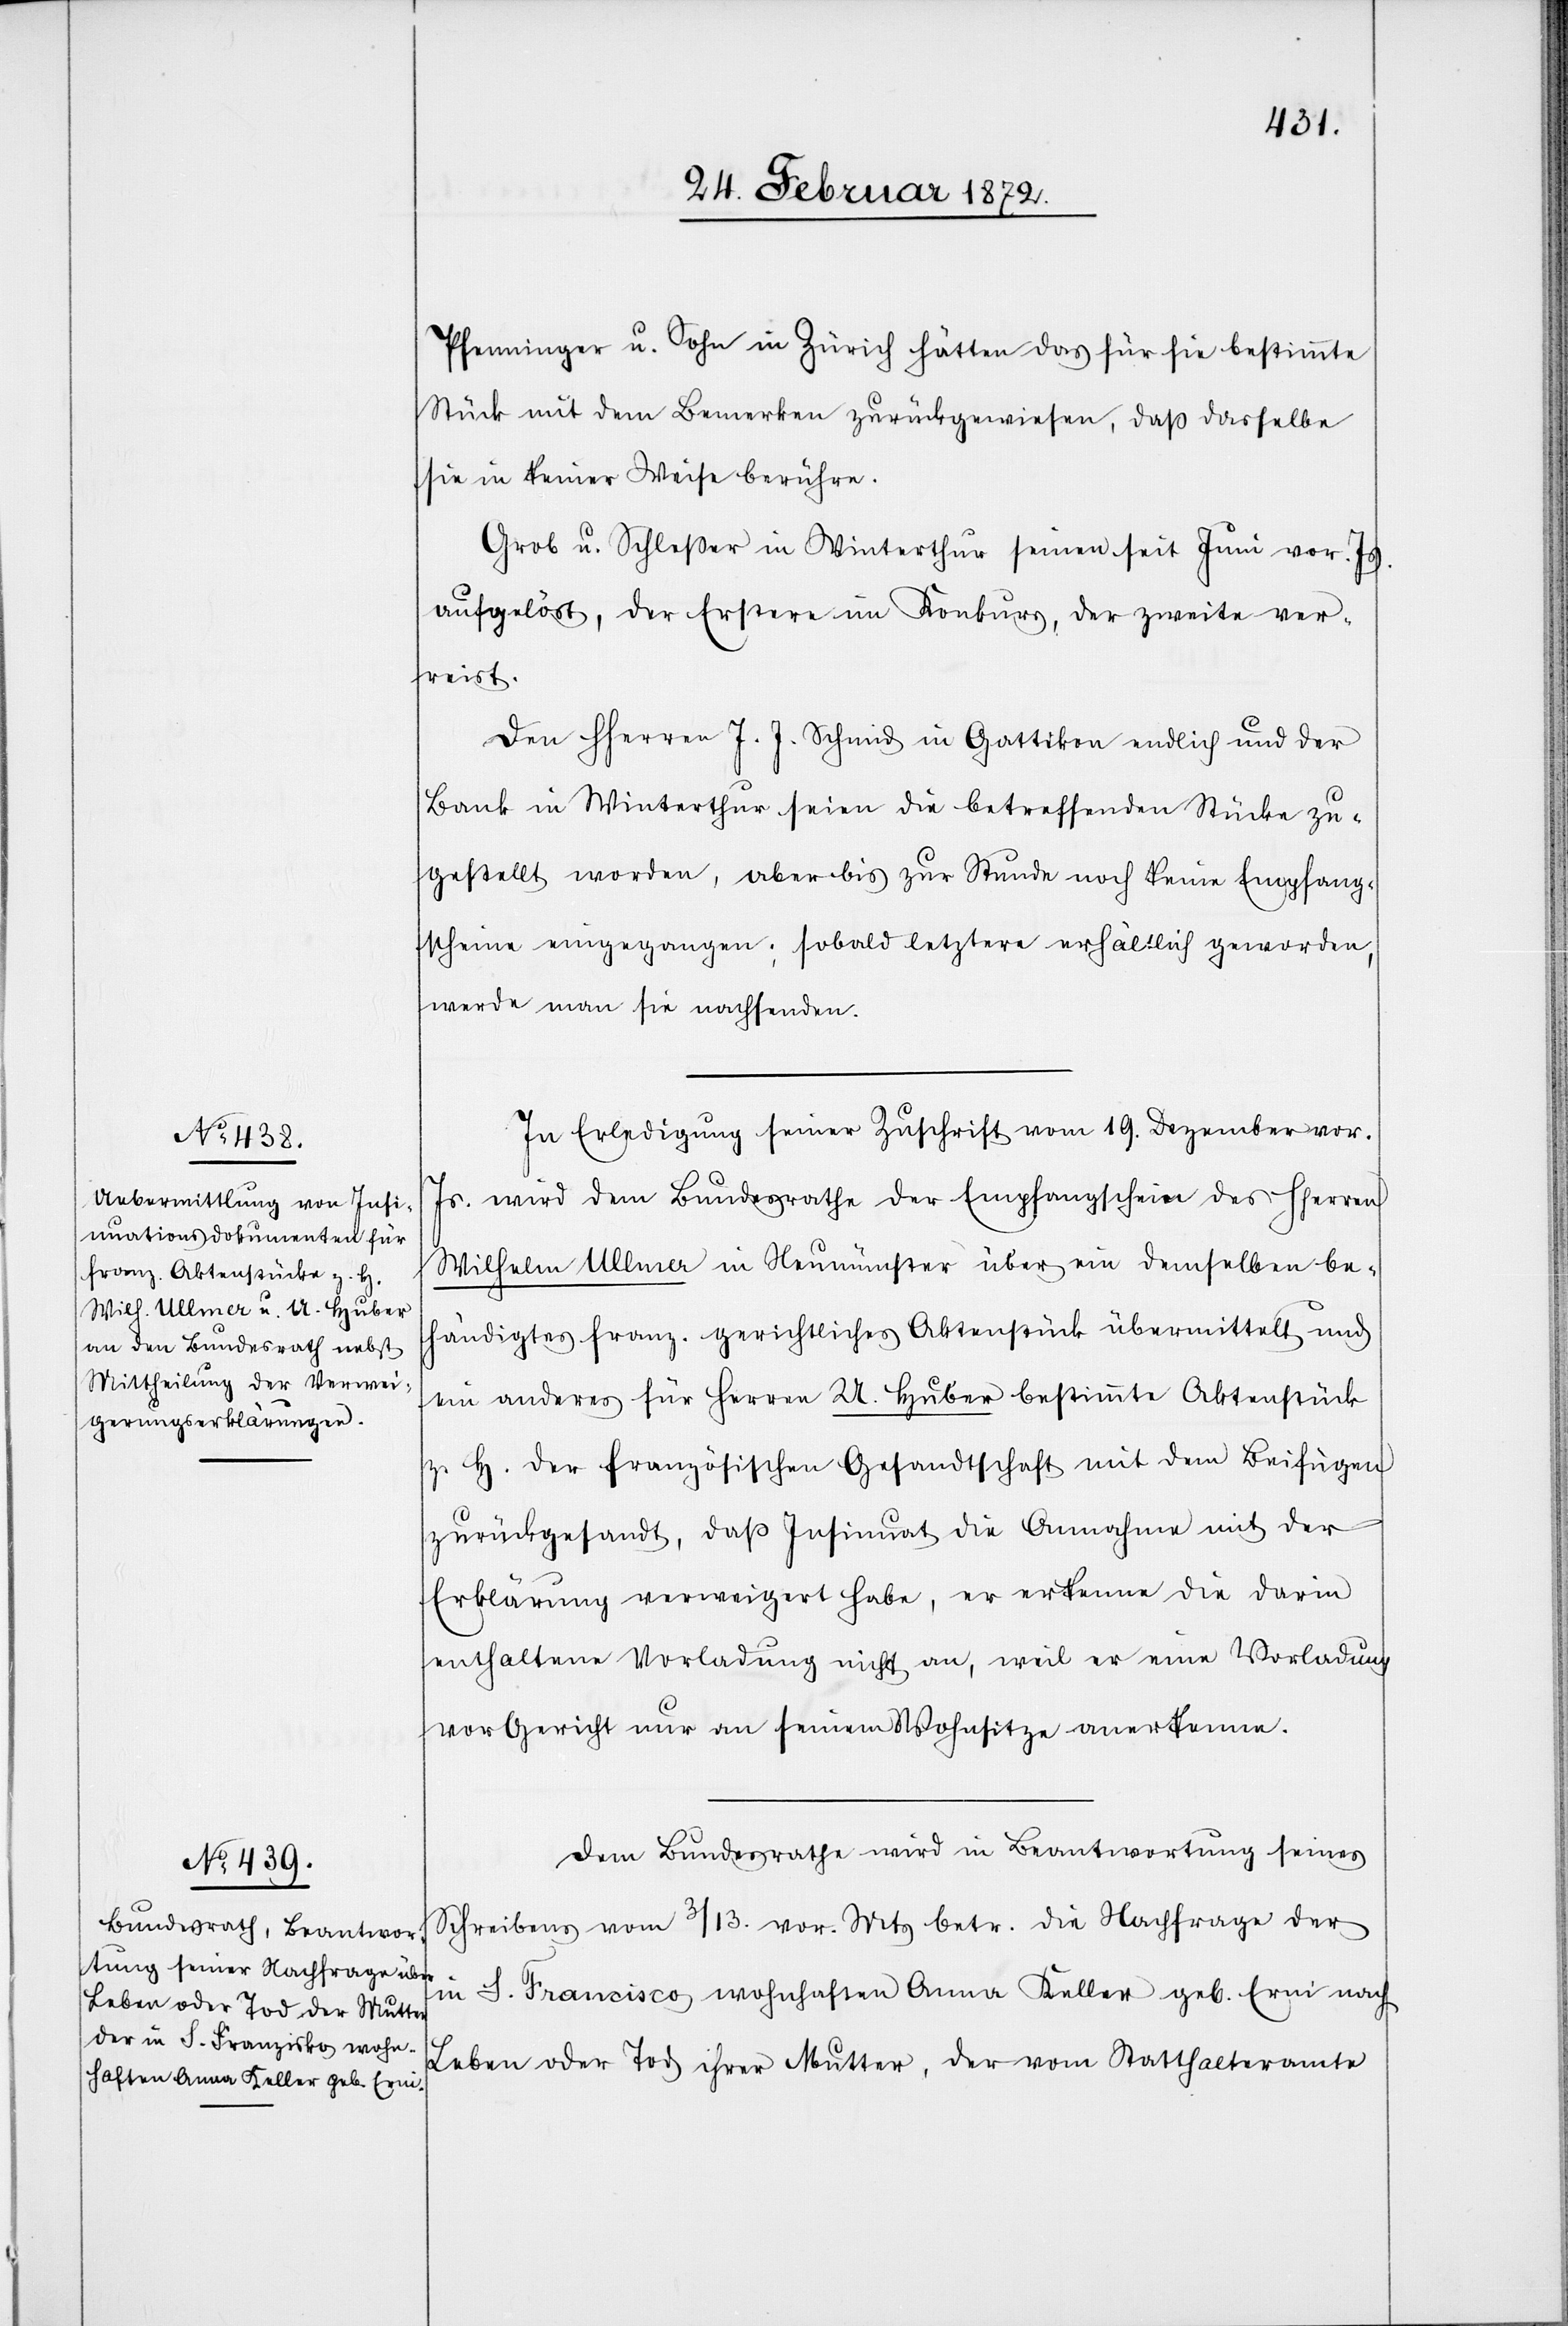
28. Februar 1872.]
Pfenninger u. Sohn in Zürich hätten das für sie bestimmte
Stücke mit dem Bemerken zurückgewiesen, daß dasselbe
sie in keiner Weise berühre.
Grob u. Schleßer in Winterthur seinen [sic!] seit Juni vor. Js.
aufgelöst, der Erstere im Konkurs, der zweite ver¬
reist.
Den Herren J J. Schmid in Gattikon endlich und der
Bank in Winterthur seien die betreffenden Stücke zu¬
gestellt worden, aber bis zur Stunde noch keine Empfang¬
scheine eingegangen; sobald letztere erhältlich geworden,
werde man sie nachsenden.
In Erledigung seiner Zuschrift vom 19. Dezember vor.
Js. wird dem Bundesrathe der Empfangschein des HHerren
Wilhelm Ullmer in Neumünster über ein demselben be¬
händigtes franz. gerichtliches Aktenstück übermittelt und
ein anderes für Herren U. Huber bestimmte[s] Aktenstück
z. H. der französischen Gesandtschaft mit den Beifügen
zurückgesandt, daß Insinuat die Annahme mit der
Erklärung verweigert habe, er erkenne die darin
enthaltene Vorladung nicht an, weil er eine Vorladung
vor Gericht nur an seinem Wohnsitze anerkenne.
Dem Bundesrathe wird in Beantwortung seines
Schreibens vom 3/13. vor. Mts betr. die Nachfrage der
in S. Francisco wohnhaften Anna Keller geb. Erni nach
Leben oder Tod ihrer Mutter, der vom Statthalteramte